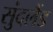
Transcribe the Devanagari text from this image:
सुंदलैंड